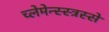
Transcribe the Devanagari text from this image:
च्लेमेन्स्स्त्रस्से